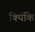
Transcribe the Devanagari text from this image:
क्यिंकि